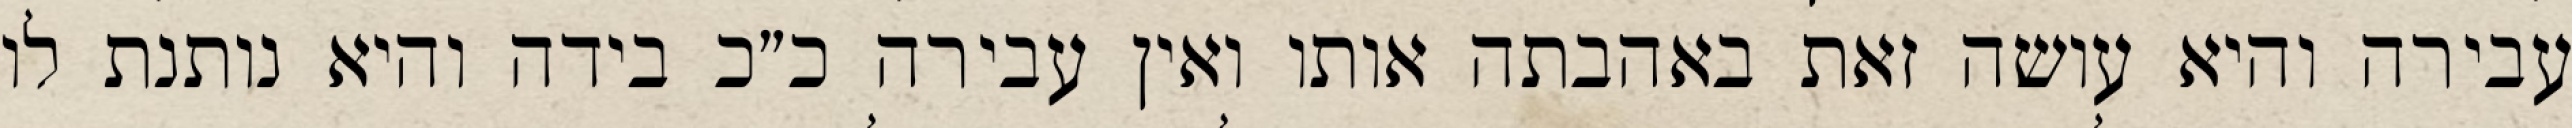
עבירה והיא עושה זאת באהבתה אותו ואין עבירה כ״כ בידה והיא נותנת לו